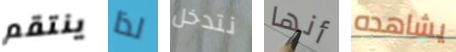
ينتقم لذا نتدخل أنها يشاهده